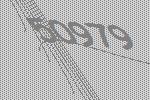
50979